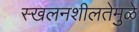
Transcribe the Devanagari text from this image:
स्खलनशीलतेमुळे